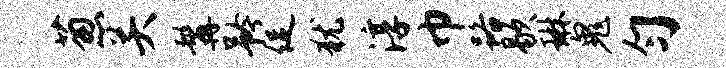
葱关髯矜促犹淳巾路歇琳鬼匀